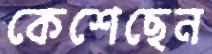
কেশেছেন